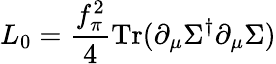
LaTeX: L_{0}={\frac{f_{\pi}^{2}}{4}}\mathrm{Tr}(\partial_{\mu}\Sigma^{\dagger}\partial_{\mu}\Sigma)